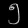
Digit: ၅